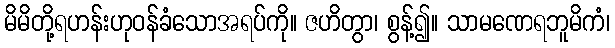
မိမိတို့ရဟန်းဟုဝန်ခံသောအရပ်ကို။ ဇဟိတွာ၊ စွန့်၍။ သာမဏေရဘူမိကံ၊